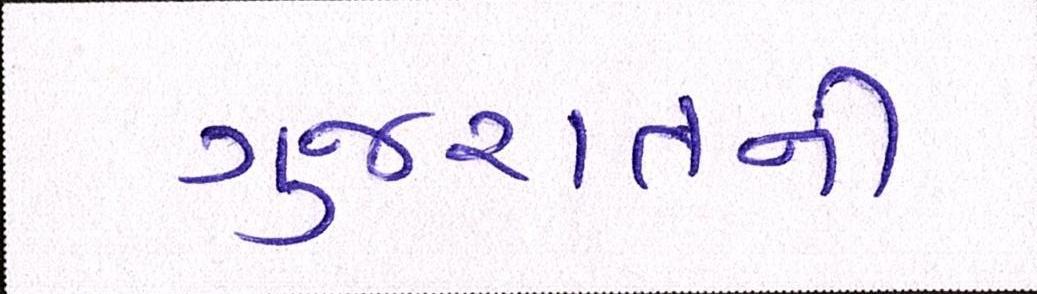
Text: ગુજરાતની